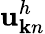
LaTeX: \mathbf{u}_{{\mathbf{k}}n}^{h}